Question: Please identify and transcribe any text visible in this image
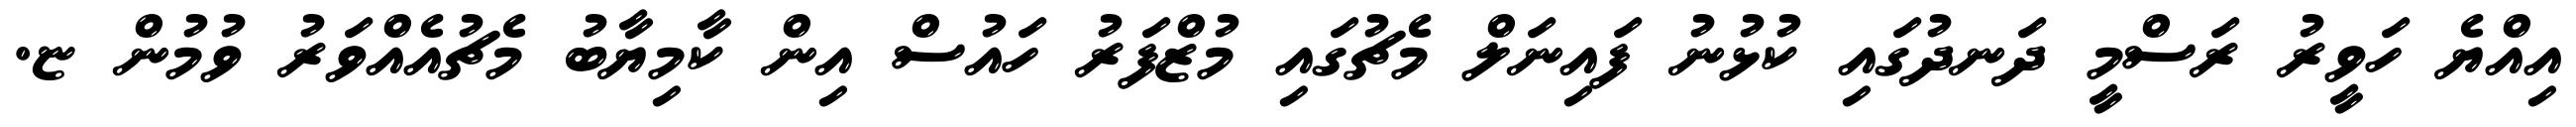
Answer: އިއްޔެ ހަވީރު ރަސްމީ ދަނދުގައި ކުޅުނު ފައިނަލް މެޗުގައި މުޒްފަރު ހައުސް އިން ކާމިޔާބު މެޗުއެއްވަރު ވުމުން ޏ.